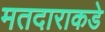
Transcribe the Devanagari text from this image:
मतदाराकडे